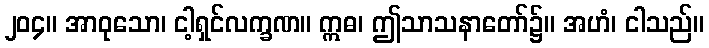
၂၀၄။ အာဝုသော၊ ငါ့ရှင်လက္ခဏ။ ဣဓ၊ ဤသာသနာတော်၌။ အဟံ၊ ငါသည်။